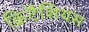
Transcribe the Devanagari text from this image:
क्रिटैशियस